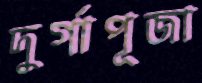
দুর্গাপূজা